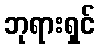
ဘုရားရှင်